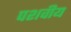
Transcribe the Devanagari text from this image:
पशवीय